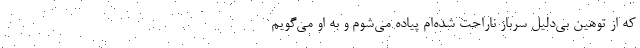
که از توهین بی‌دلیل سرباز ناراحت شده‌ام پیاده می‌شوم و به او می‌گویم